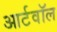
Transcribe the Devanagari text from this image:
आर्टवॉल